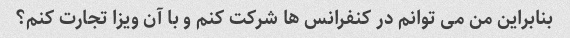
بنابراین من می توانم در کنفرانس ها شرکت کنم و با آن ویزا تجارت کنم؟